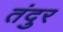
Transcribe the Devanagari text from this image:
तंदुर